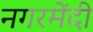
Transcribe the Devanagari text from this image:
नगरमेंदी